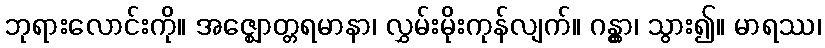
ဘုရားလောင်းကို။ အဇ္ဈောတ္တရမာနာ၊ လွှမ်းမိုးကုန်လျက်။ ဂန္တွာ၊ သွား၍။ မာရဿ၊